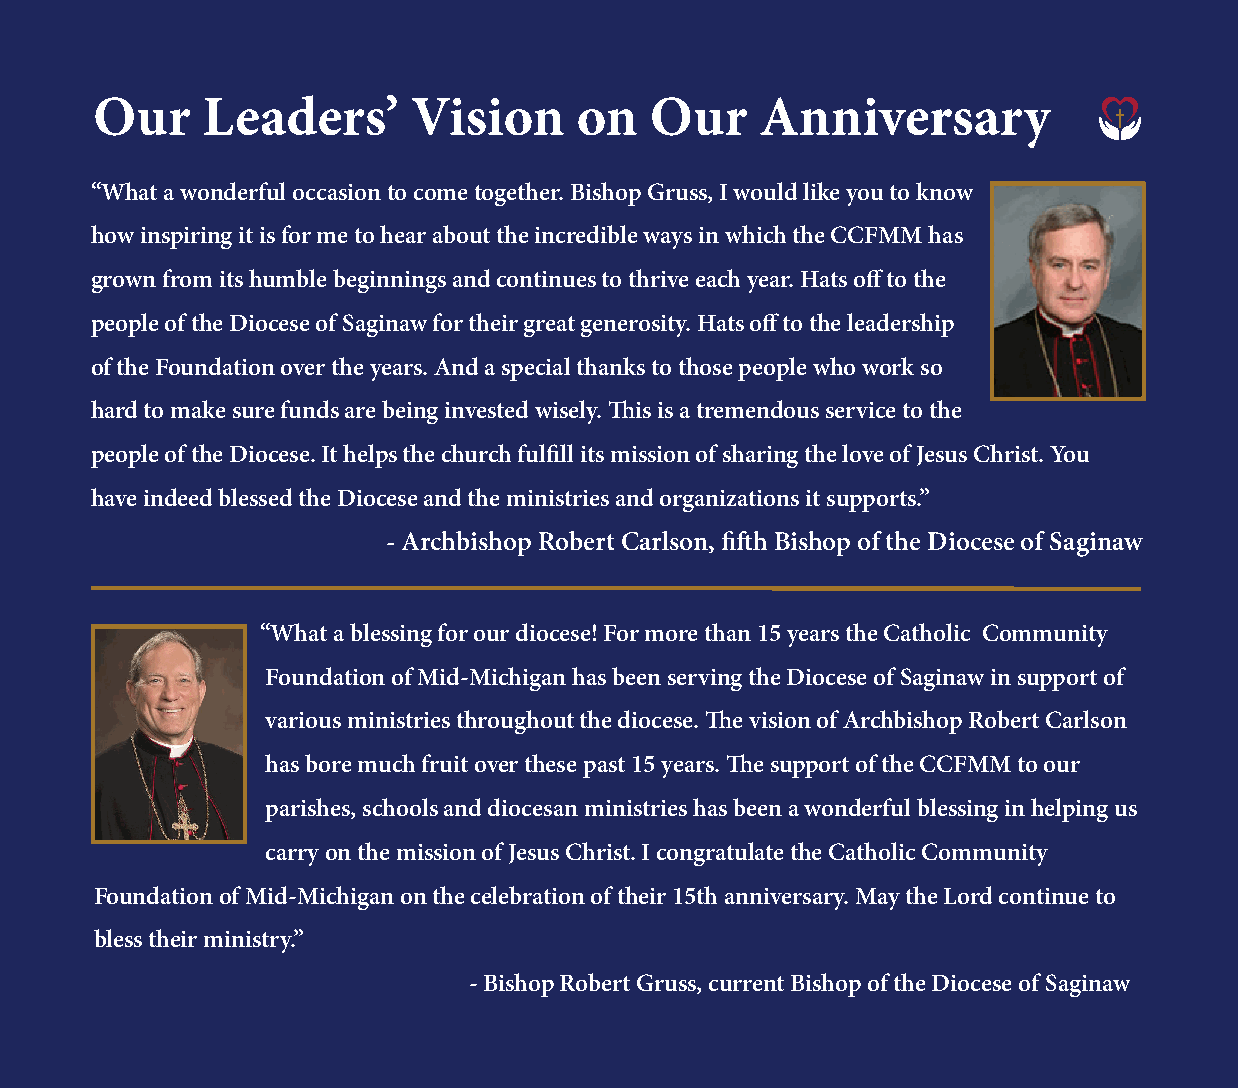
Our    Leaders’      Vision     on   Our    Anniversary
 “What a wonderful occasion to come together. Bishop Gruss, I would like you to know
 how inspiring it is for me to hear about the incredible ways in which the CCFMM has
 grown from its humble beginnings and continues to thrive each year. Hats off to the
 people of the Diocese of Saginaw for their great generosity. Hats off to the leadership
 of the Foundation over the years. And a special thanks to those people who work so
 hard to make sure funds are being invested wisely. This is a tremendous service to the
 people of the Diocese. It helps the church fulfill its mission of sharing the love of Jesus Christ. You
 have indeed blessed the Diocese and the ministries and organizations it supports.”
 - Archbishop Robert Carlson, fifth Bishop of the Diocese of Saginaw
 “What a blessing for our diocese! For more than 15 years the Catholic Community
 Foundation of Mid-Michigan has been serving the Diocese of Saginaw in support of
 various ministries throughout the diocese. The vision of Archbishop Robert Carlson
 has bore much fruit over these past 15 years. The support of the CCFMM to our
 parishes, schools and diocesan ministries has been a wonderful blessing in helping us
 carry on the mission of Jesus Christ. I congratulate the Catholic Community
 Foundation of Mid-Michigan on the celebration of their 15th anniversary. May the Lord continue to
 bless their ministry.”
 - Bishop Robert Gruss, current Bishop of the Diocese of Saginaw